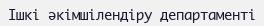
Ішкі әкімшілендіру департаменті